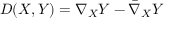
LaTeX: D ( X , Y ) = \nabla _ { X } Y - { \bar { \nabla } } _ { X } Y